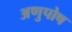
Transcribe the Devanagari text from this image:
अणुपोष